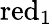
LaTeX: \operatorname{red}_{1}